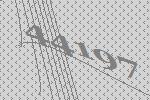
44197